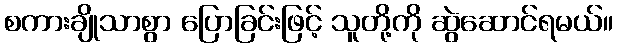
စကားချိုသာစွာ ပြောခြင်းဖြင့် သူတို့ကို ဆွဲဆောင်ရမယ်။